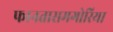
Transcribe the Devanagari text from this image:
फानतासमगोरिया